Calcutta medical institutions reports 1871-78
Year: 1871
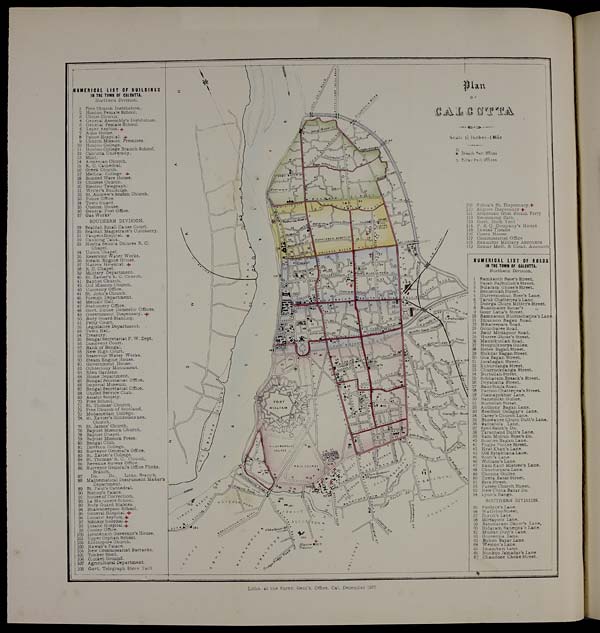
OF
P I a n
CALCUTTA
S c a l e 1 1 / 2 I n c h e s M i l e
Branch Past Offices.
O Pillar Pust Offices
109 Sukea's St. Dispensary.+
110 Alipore Dispensary +
111 Armenian Ghat Steam Ferry
112 Swimming Bath
113 Govt. Dock Yard
114 P. & O. Company's House
115 Lewis's Theatre
116 Opera House
117 Commissariat Office
118 Examiner Military Accounts
119 Examr Medl.
& Comt. Accounts
NUMERICAL LIST OF ROADS
IN THE TOWN OF CALCUTTA,
Northern Division.
1 Ramkanth Bose's Street.
2 Rajah Rajbullub's Street.
3 Bularam Ghose's Street.
4 Beniatolah Street.
5 Hurreemohun Bose's Lane.
6 Taruk Chatterjea's Lane.
7 Doorga Churn Mittcr's Street.
8 Bunomalee Sircar's
„
9 Gour Laha's Street.
10 Ramnarain Bhottacharjea's Lane.
11 Dhunnoo Bagan Road.
12 Nihareepara Road.
13 Gouribaree Road.
14 Baur Mirzapoor Road.
15 Hurree Ghose's Street.
16 Manicktollah Road.
17 Hoogulkoorya Gullee.
18 Hatee Bagan Street.
19 Shikdar Bagan Street.
20 Goa Bagan Street.
21 Jorabagan Street.
22 Kuburdanga Street.
23 Churruckdanga Street.
24 Burtollah Street.
25 Sobharam Bysack's Street.
26 Doyahatta Street.
27 Baur Simla Road.
28 Pachoo Chatterjea's Street.
29 J hamapokhur Lane.
30 Banstoilah Gullee.
31 Burtollah Street.
32 Anthony Bagan Lane.
33 Boodhoo Ostagar's Lane.
34 Carey's Church Lane.
35 Bhowanee Churn Dutt's Lane.
36 Baniatola Lane.
37 Syed Saleh's Do.
38 Tarachand Dutt's Lane.
39 Ram Mohun Bose's Do.
40 Soortee Bagan Lane.
41Pugya Puttee Street.
42 Hyat Khan's Lane.
43 Old Bytakhana Lane.
45 Scott's Lane.
46 William's Lane.
47 Ram Kant Mistree's Lane.
48 Chooturpara Lane.
49 Chonna. Gullee.
50 Tireta Bazar Street.
51 Ezra Street.
52 Parsee Church Street.
53 New China Bazar Do.
54 Lyon's Range.
SOUTHERN DIVISION.
55 Fordyce's Lane.
56 Waterloo Street.
57 Dixon's Lane.
58 Mirzapoor Lane.
59 Bancharam Okoor's Lane
60 Hidaram Banerjea's Lane.
61 Mudun Dutt's Lane.
62 Goorerma Lane.
63 Buhoo Bazar Lane.
64 -W eston 's Lane.
65 imambari Lane.
66 Nunkoo Jamadar's Lane
67 Chandnee Choke Street.
NUMERICAL LIST OF BUILDINGS
IN THE TOWN OF CALCUTTA.
Northern Division.
1 Free Church Institution.
' 2 Hindoo Female School.
3 Christ Churen.
4 General Assembly's Institution.
5 General Female School.
6 Leper Asylum. .
'7 Aims House.
8 Police Hospital...
9 Church Mission Premises.
10 Hindoo College.
11 Hindoo College Branch School.
12 Calcutta University.
13 Mint.
14 Armenian Church.
15 R. C. Cathedral.
16 Greek Church.
17 Medical College. +
18 Bonded Ware House.
19 Chinese Church.
20 Electric Telegraph.
21 Writer's Buildings.
22 St. Andrew's Scotch Church.
23 Police Office.
24 Town Guard.
25 Custom House.
26 General Post Office.
27 Gas Works'
SOUTHERN DIVISION.
29 Sealdah Small Cause Court.
30 Sealdah Magistrate's Cutcherry.
31 Pauper's Hospital.
32 Canning Tank.
33 Nostra Senora Dolores R. C.
Chapel.
34 Union Chapel.
35 Reservoir Water Works.
36 Steam Engine House.
37 Native Hospital.
38 R. C. Chapel.
39 Military Department.
40 St. Xavier's N. C. Church.
41 Baptist Church.
42 Old Mission Church.
43 Currency Office.
44 St. John's Church.
45 Foreign Department.
46 Metcalf Hall.
47 Stationery Office.
48 Govt. House Domestic Offices.
49 Government Dispensary. +
50 Body Guard Stabling.
51 Petty Court.
52 Legislative Department.
53 Town Hall.
54 Treasury.
55 Bengal Secretariat P. W. Dept.
56 Insolvent Court.
57 Bank of Bengal.
58 New High Court.
59 Reservoir Water Works.
60 Steam Engine House.
61 Government House.
62 Ochterlony Monument.
63 Eden Gardens.
64 Home Department.
65 Bengal Secretariat Office.
66 imperial Museum.
67 Bengal Secretariat Office.
68 United Service Club.
69 Asiatic Society.
70 Free School.
71 St. Thomas' Church.
72 Free Church of Scotland.
73 Mohamedan College.
74 St. Xavier's Hindoosta nee.
Church.
75 St. James' Church.
'76 Baptist Mission Church.
78 Baptist Chapel.
79 Baptist Mission Press.
80 Bengal Club.
81 Doveton College.
82 Surveyor General's Office.
83 St. Xavier's College.
84 St. Thomas' R. C. Church.
86 Revenue Survey Office.
86 Surveyor General's Office Photo.
Branch.
87
Do.
Do.
Litho. Branch.
88 Mathematical Instrument Maker's
Department.
89 St. Paul's Cathedral.
90 Bishop's Palace.
91 House of Correction.
92 La Martinere School.
93 Body Guard Stables.
94 Bhawaneepoor School.
95 General Hospital. +
96 Lunatic Asylum. +
97 Militmmy
98 Insane Hospital..{.
99 Cooley Office.
100 Lieutenant Governor's House.
101 Upper Orphan School.
102 Kidderpore Church.
103 Nawab's Palace.
104 New Commissariat Barracks.
105 Timber Shed..
106 Cricket Ground.
107 Agricultural Department.
108 Govt. Telegraph Store Yard
Litho. at the Survr. Genl's. Office. Cal. December 1872